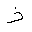
Letter: _thal